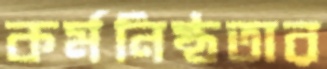
কর্মনিষ্ঠতার